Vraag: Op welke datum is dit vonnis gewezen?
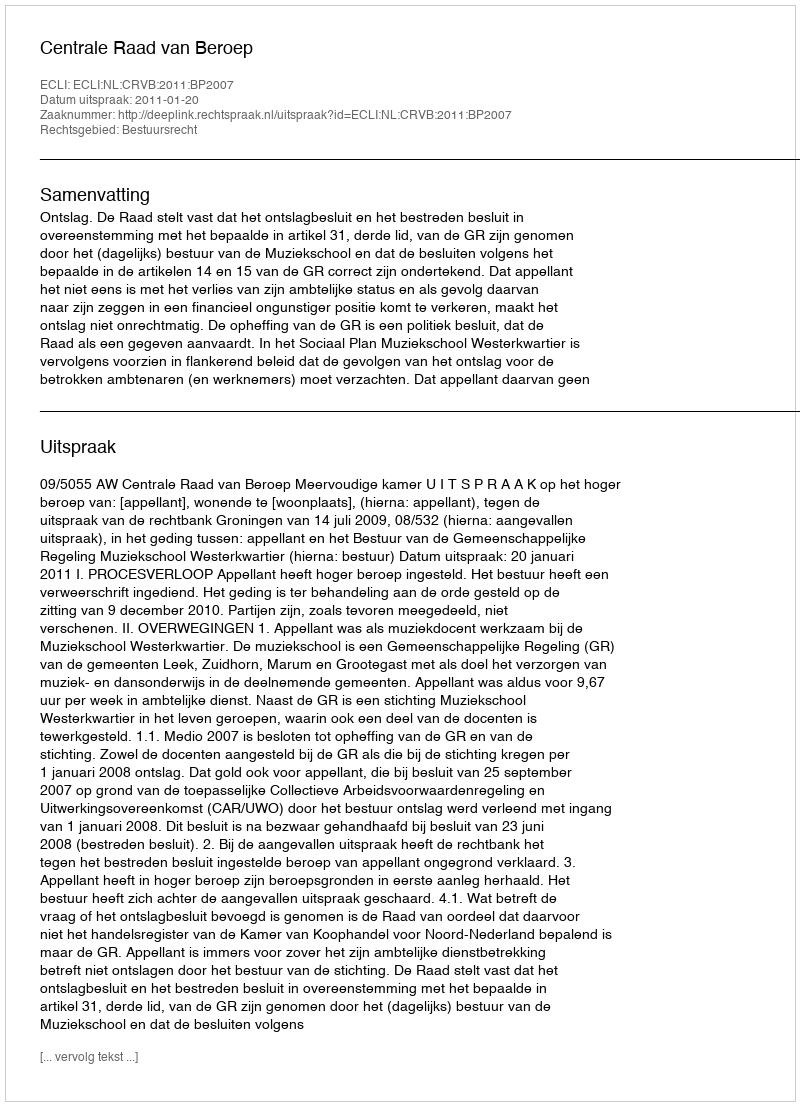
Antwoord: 2011-01-20